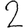
Digit: 2